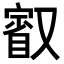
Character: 𭆷